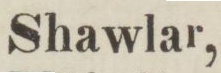
Shawlar,